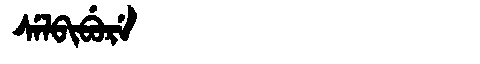
Manchu: ᠰᡝᠯᠪᡳᠪᡠᡵᡝ
Romanization: SELBIBURE